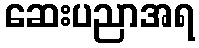
ဆေးပညာအရ